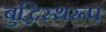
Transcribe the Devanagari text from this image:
बुद्धिस्थरूप